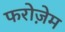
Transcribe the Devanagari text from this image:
फरोज़ेम